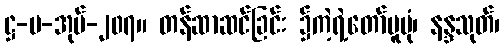
ဋ္ဌ-ပ-အုပ်-၂၀၇။ တန်ဆာဆင်ခြင်း ၌ကဲ့ရဲ့တော်မူပုံ၊ နန္ဒသုတ်၊